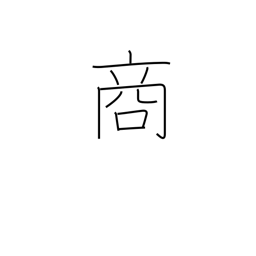
Meaning: selling